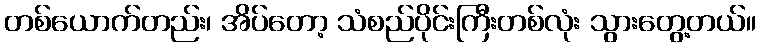
တစ်ယောက်တည်း၊ အိပ်တော့ သံစည်ပိုင်းကြီးတစ်လုံး သွားတွေ့တယ်။